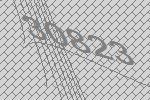
30823